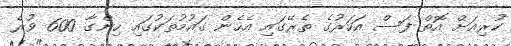
ކުރިއަށް އޮތް ފަސް އަހަރުގެ ތެރޭގައި އެހެން ގައުމުތަކުގައި ހިންގާ 600 ވުރެ